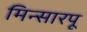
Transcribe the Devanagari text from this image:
मिन्सारपू